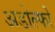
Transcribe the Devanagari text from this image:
अडोल्फो